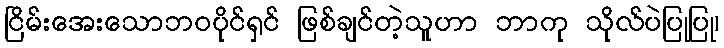
ငြိမ်းအေးသောဘဝပိုင်ရှင် ဖြစ်ချင်တဲ့သူဟာ ဘာကု သိုလ်ပဲပြုပြု၊